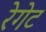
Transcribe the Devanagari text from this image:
रेगेट